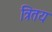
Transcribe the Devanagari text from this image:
त्रितय